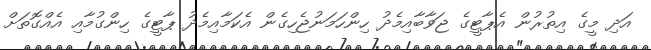
އަދި މީގެ އިތުރުން އެޕާޓީގެ ޖަވާބާއިމެދު ހިންހަމަނުޖެހިގެން އެކަމާއިމެދު ޕާޓީގެ ހިންގުމާއި އެއްގޮތަށް